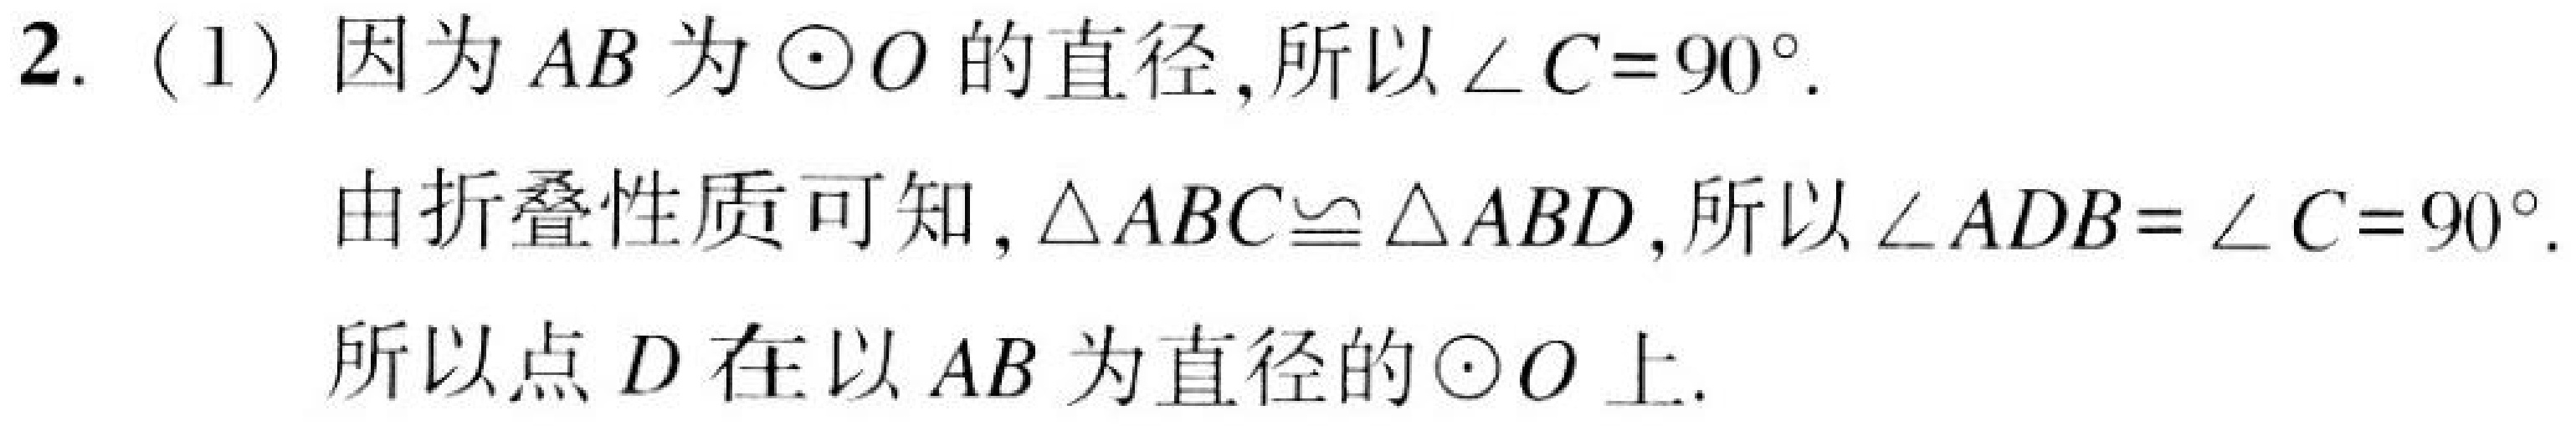
2. (1) 因为 \(AB\) 为 \(\odot O\) 的直径,所以 \(\angle C = 90^{\circ}\).

由折叠性质可知, \(\triangle ABC\cong\triangle ABD\),所以 \(\angle ADB=\angle C = 90^{\circ}\).

所以点 \(D\) 在以 \(AB\) 为直径的 \(\odot O\) 上.